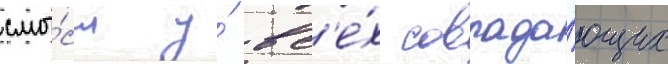
смы́сл у́ вс'е́х совпада́ющих